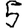
Digit: 5